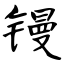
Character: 镘